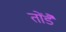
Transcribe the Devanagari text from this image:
तोंडै